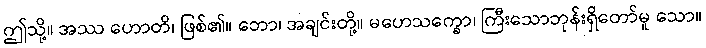
ဤသို့။ အဿ ဟောတိ၊ ဖြစ်၏။ ဘော၊ အချင်းတို့။ မဟေသက္ခော၊ ကြီးသောဘုန်းရှိတော်မူ သော။